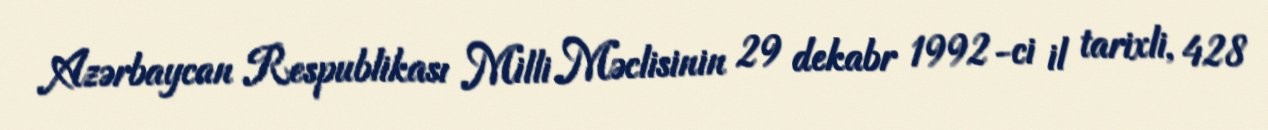
Azərbaycan Respublikası Milli Məclisinin 29 dekabr 1992-ci il tarixli, 428